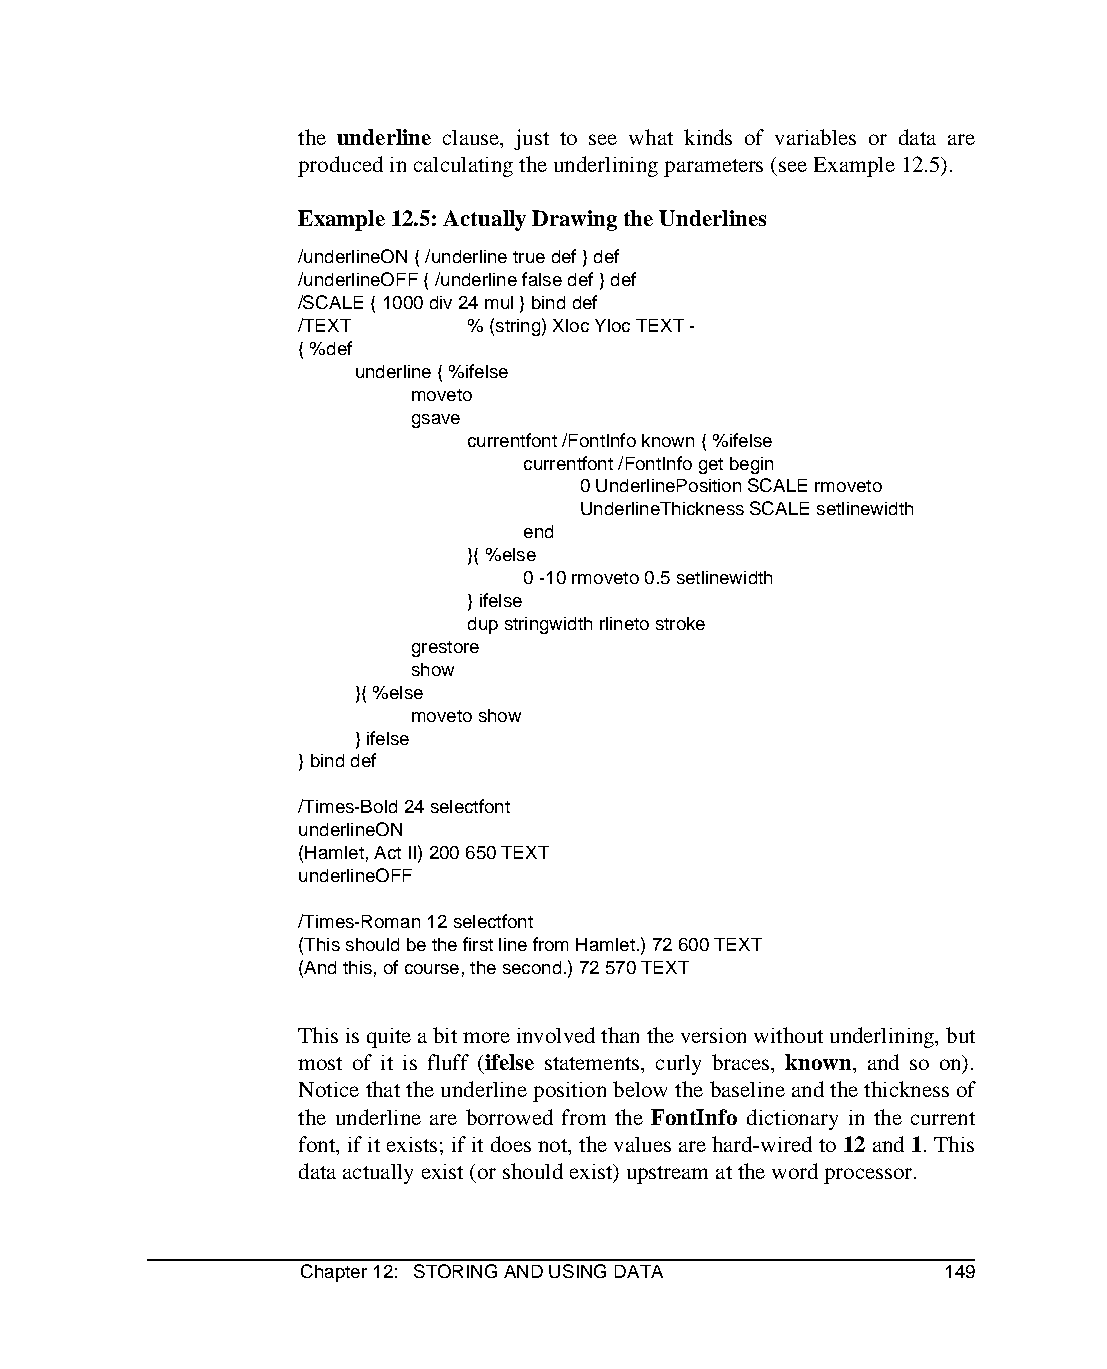
the underline clause, just to see what kinds of variables or data are
 produced in calculating the underlining parameters (see Example 12.5).
 Example 12.5: Actually Drawing the Underlines
 /underlineON { /underline true def } def
 /underlineOFF { /underline false def } def
 /SCALE { 1000 div 24 mul } bind def
 /TEXT       % (string) Xloc Yloc TEXT -
 { %def
 underline { %ifelse
 moveto
 gsave
 currentfont /FontInfo known { %ifelse
 currentfont /FontInfo get begin
 0 UnderlinePosition SCALE rmoveto
 UnderlineThickness SCALE setlinewidth
 end
 }{ %else
 0 -10 rmoveto 0.5 setlinewidth
 } ifelse
 dup stringwidth rlineto stroke
 grestore
 show
 }{ %else
 moveto show
 } ifelse
 } bind def
 /Times-Bold 24 selectfont
 underlineON
 (Hamlet, Act II) 200 650 TEXT
 underlineOFF
 /Times-Roman 12 selectfont
 (This should be the first line from Hamlet.) 72 600 TEXT
 (And this, of course, the second.) 72 570 TEXT
 This is quite a bit more involved than the version without underlining, but
 most of it is fluff (ifelse statements, curly braces, known, and so on).
 Notice that the underline position below the baseline and the thickness of
 the underline are borrowed from the FontInfo dictionary in the current
 font, if it exists; if it does not, the values are hard-wired to 12 and 1. This
 data actually exist (or should exist) upstream at the word processor.
 Chapter 12: STORING AND USING DATA        149